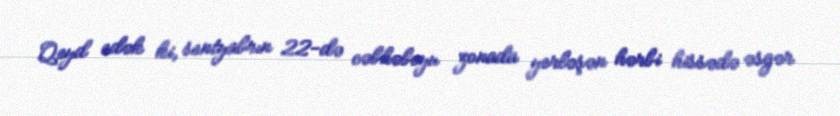
Qeyd edək ki, sentyabrın 22-də cəbhəboyu zonada yerləşən hərbi hissədə əsgər